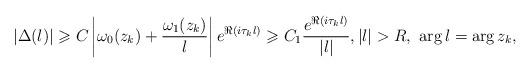
LaTeX: \begin{align*} \left|\Delta(\l)\right| \geqslant C\left|\omega_0(z_k) + \frac{\omega_1(z_k)}{\l}\right|e^{\Re(i \tau_k \l)} \geqslant C_1 \frac{e^{\Re(i \tau_k \l)}}{|\l|}, |\l|>R,\ \arg \l = \arg z_k,\end{align*}